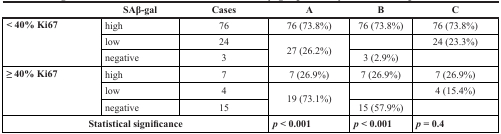
<table><thead><tr><td></td><td><b>SAβ-gal</b></td><td><b>Cases</b></td><td><b>A</b></td><td><b>B</b></td><td><b>C</b></td></tr></thead><tbody><tr><td rowspan="3"><b>&lt; 40% Ki67</b></td><td>high</td><td>76</td><td>76 (73.8%)</td><td>76 (73.8%)</td><td>76 (73.8%)</td></tr><tr><td>low</td><td>24</td><td rowspan="2">27 (26.2%)</td><td></td><td>24 (23.3%)</td></tr><tr><td>negative</td><td>3</td><td>3 (2.9%)</td><td></td></tr><tr><td rowspan="3"><b>≥ 40% Ki67</b></td><td>high</td><td>7</td><td>7 (26.9%)</td><td>7 (26.9%)</td><td>7 (26.9%)</td></tr><tr><td>low</td><td>4</td><td rowspan="2">19 (73.1%)</td><td></td><td>4 (15.4%)</td></tr><tr><td>negative</td><td>15</td><td>15 (57.9%)</td><td></td></tr><tr><td colspan="3"><b>Statistical significance</b></td><td><b><i>p</i> &lt; 0.001</b></td><td><b><i>p</i> &lt; 0.001</b></td><td><b><i>p</i> = 0.4</b></td></tr></tbody></table>